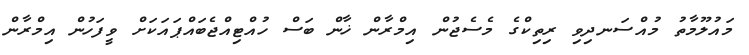
މައުލޫމާތު މުއްސަނދިވި ރިތިކްގެ މެސެޖުން އިމްރާން ޚާން ބަސް ހުއްޓިއްޖެބައްޕައަކަށް ވީފަހުން އިމްރާން